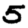
Digit: 5